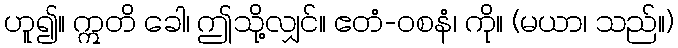
ဟူ၍။ ဣတိ ခေါ၊ ဤသို့လျှင်။ ဧတံ-ဝစနံ၊ ကို။ (မယာ၊ သည်။)